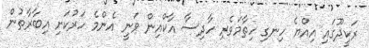
ރަކީދޫގައި އިއްޔެ ހިނގި ހިތާމަވެރި ހާދިސާ އާކްއިން ވަނީ އެންމެ ހަރުކަށި އިބާރާތުން